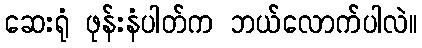
ဆေးရုံ ဖုန်းနံပါတ်က ဘယ်လောက်ပါလဲ။